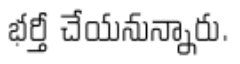
భర్తీ చేయనున్నారు.